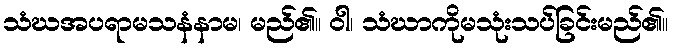
သံဃအပရာမသနံနာမ၊ မည်၏။ ဝါ၊ သံဃာကိုမသုံးသပ်ခြင်းမည်၏။